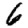
Digit: 6